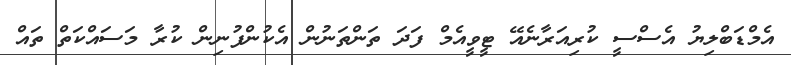
އެމްޑަބްލިޔު އެސްސީ ކުރިއަރާނެއޭ ޓީވީއެމް ފަދަ ތަންތަނުން އެކުންފުނިން ކުރާ މަސައްކަތް ތައް